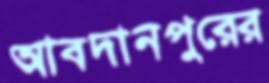
আবদানপুরের